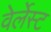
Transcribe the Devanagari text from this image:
वेर्लेस्ट